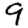
Digit: 9